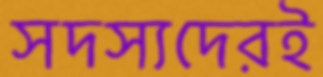
সদস্যদেরই